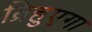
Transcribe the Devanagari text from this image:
ब्रिहुएगा